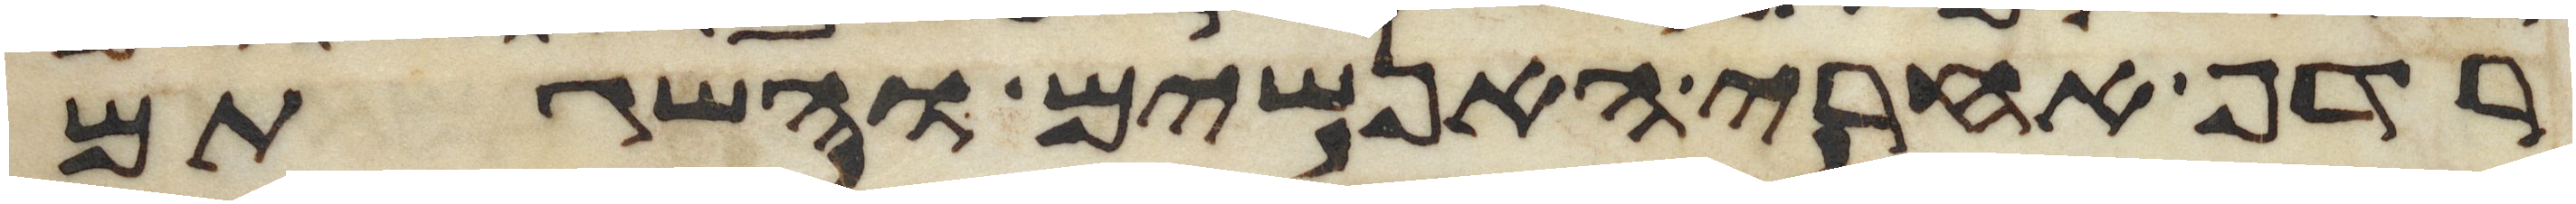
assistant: רדף אחרי האנשים והשגתם